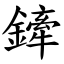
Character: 鏲